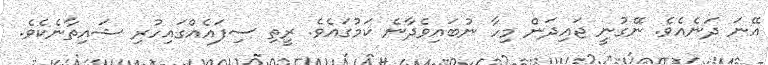
އޭނަ ދަނެއެވެ. ނޭގުނީ ޖައިދަން މިހާ ނުބައިވެދާނެ ކަމުގައެވެ. ރީތި ސިފައެއްގައިހުރި ޝައިތާނެކެވެ.